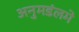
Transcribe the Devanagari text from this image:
अनुमडंलमे